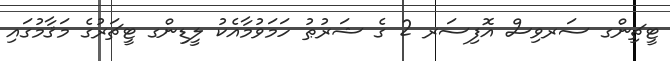
ޓީޗިންގ ސަރވިސް އޮފިސަރ 2 ގެ ޝަރުޠު ހަމަވުމާއެކު ލީޑިންގ ޓީޗަރުގެ މަޤާމުގައި